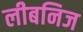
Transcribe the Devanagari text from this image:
लीबनिज